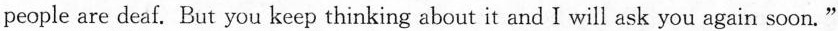
people are deaf. But you keep thinking about it and I will ask you again soon."